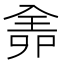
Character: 𠓳